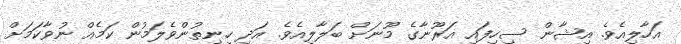
އަހާލިއެވެ. އިޝާން ސިހިފައި އަރޫނާގެ މޫނަށް ބަލާލިއެވެ. އަދި ހިނިތުންވެލަމުން ކަމެއް ނުވާކަމަށް